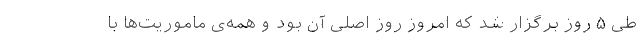
طی ۵ روز برگزار شد که امروز روز اصلی آن بود و همه‌ی ماموریت‌ها با